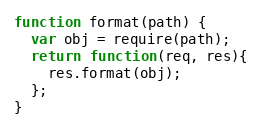
Language: JavaScript
function format(path) {
  var obj = require(path);
  return function(req, res){
    res.format(obj);
  };
}